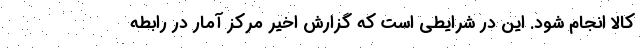
کالا انجام شود. این در شرایطی است که گزارش اخیر مرکز آمار در رابطه